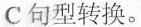
C 句型转换。